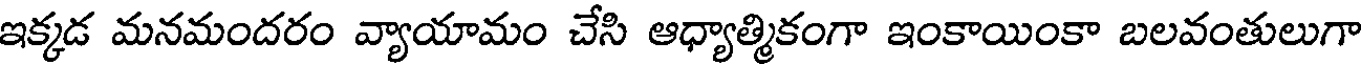
ఇక్కడ మనమందరం వ్యాయామం చేసి ఆధ్యాత్మికంగా ఇంకాయింకా బలవంతులుగా